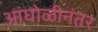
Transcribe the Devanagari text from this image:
आंघोळीनंतर